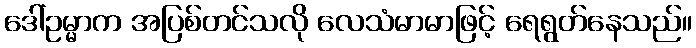
ဒေါ်ဥမ္မာက အပြစ်တင်သလို လေသံမာမာဖြင့် ရေရွတ်နေသည်။